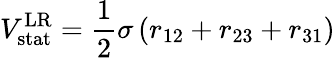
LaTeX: V_{\mathrm{stat}}^{\mathrm{LR}}=\frac{1}{2}\sigma\, (r_{12}+r_{23}+r_{31})